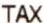
TAX